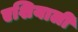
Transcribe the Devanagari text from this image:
एशियाली